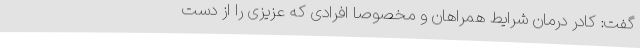
گفت: کادر درمان شرایط همراهان و مخصوصا افرادی که عزیزی را از دست